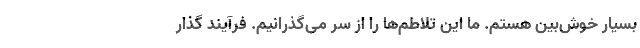
بسیار خوش‌بین هستم. ما این تلاطم‌ها را از سر می‌گذرانیم. فرآیند گذار